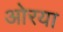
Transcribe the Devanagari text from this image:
ओरया